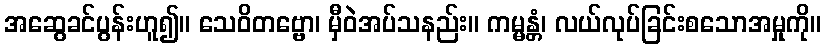
အဆွေခင်ပွန်းဟူ၍။ သေဝိတဗ္ဗော၊ မှီဝဲအပ်သနည်း။ ကမ္မန္တံ၊ လယ်လုပ်ခြင်းစသောအမှုကို။